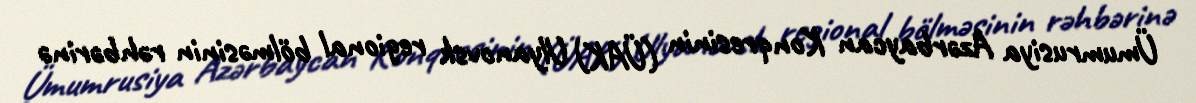
Ümumrusiya Azərbaycan Konqresinin (ÜAK) Ulyanovsk regional bölməsinin rəhbərinə